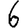
Digit: 6